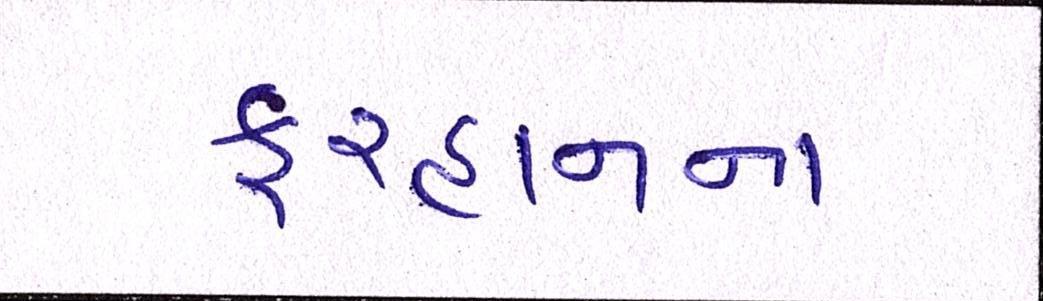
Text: ફરહાનના